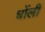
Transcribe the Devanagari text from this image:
धोंली